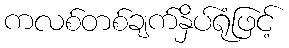
ကလစ်တစ်ချက်နှိပ်ရုံဖြင့်